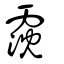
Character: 霃